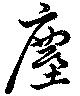
塵